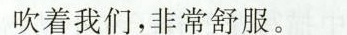
吹着我们，非常舒服。